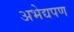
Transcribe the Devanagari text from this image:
अभेद्यपण